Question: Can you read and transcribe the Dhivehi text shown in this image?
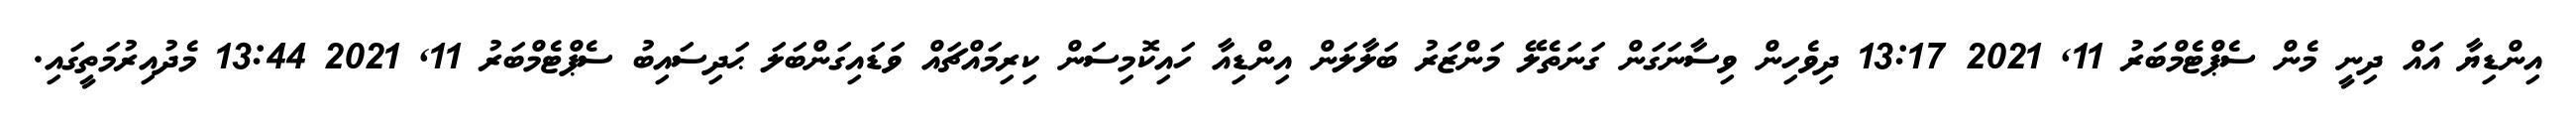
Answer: އިންޑިޔާ އަައް ދިނީ މެން ސެޕްޓެމްބަރު 11, 2021 13:17 ދިވެހިން ވިސާނަގަން ގަނަތެލޭ މަންޒަރު ބަލާލަން އިންޑިއާ ހައިކޮމިސަން ކިރިމައްޗައް ވަޑައިގަންބަލަ ޙަދިސައިބު ސެޕްޓެމްބަރު 11, 2021 13:44 މެދުއިރުމަތީގައި.